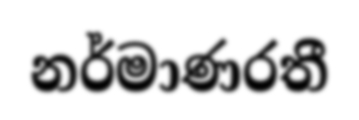
නර්මාණරතී